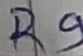
Text: R9